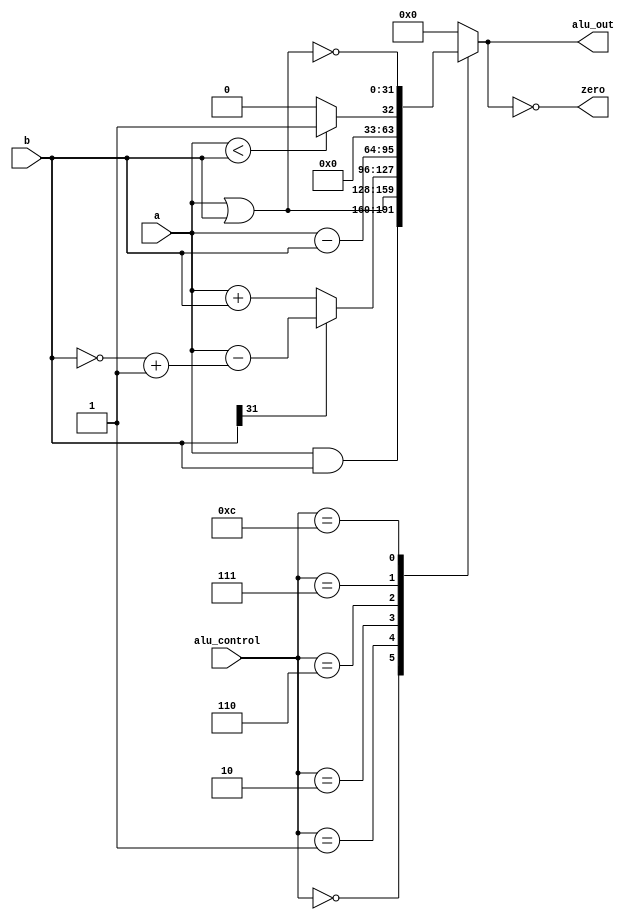
module alu(alu_control,a,b,alu_out,zero);
    input [3:0] alu_control;
    input [31:0] a,b;
    output  reg [31:0] alu_out;
    output zero;
    assign zero = (alu_out == 0);

    always @(alu_control, a, b) begin
        case (alu_control)
            0: alu_out <= a & b;    // AND
            1: alu_out <= a | b;    // OR
            2: alu_out <= OUT(a, b);// ADD
            6: alu_out <= a - b;    // SUB
            7: alu_out <= (a < b) ? 1:0;
            12: alu_out <= ~( a | b );
            default: alu_out<=0;
        endcase
    end
        
    /* Function to signed operation*/
    function [31:0] OUT;
        input [31:0] a, b;
        begin
        case(b[31])
            1'b1:   begin
                b = ~b;
                b = b + 1'b1;
                OUT = a - b;
                end
            default: OUT = a + b;
        endcase
        end
    endfunction
endmodule